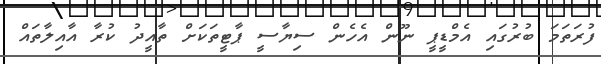
ފުރަތަމަ ބުރުގައި އެމްޑީޕީ ނޫން އެހެން ސިޔާސީ ޕާޓީތަކަށް ތާއީދު ކުރާ އާއިލާތައް